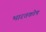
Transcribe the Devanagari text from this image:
भारतकोष